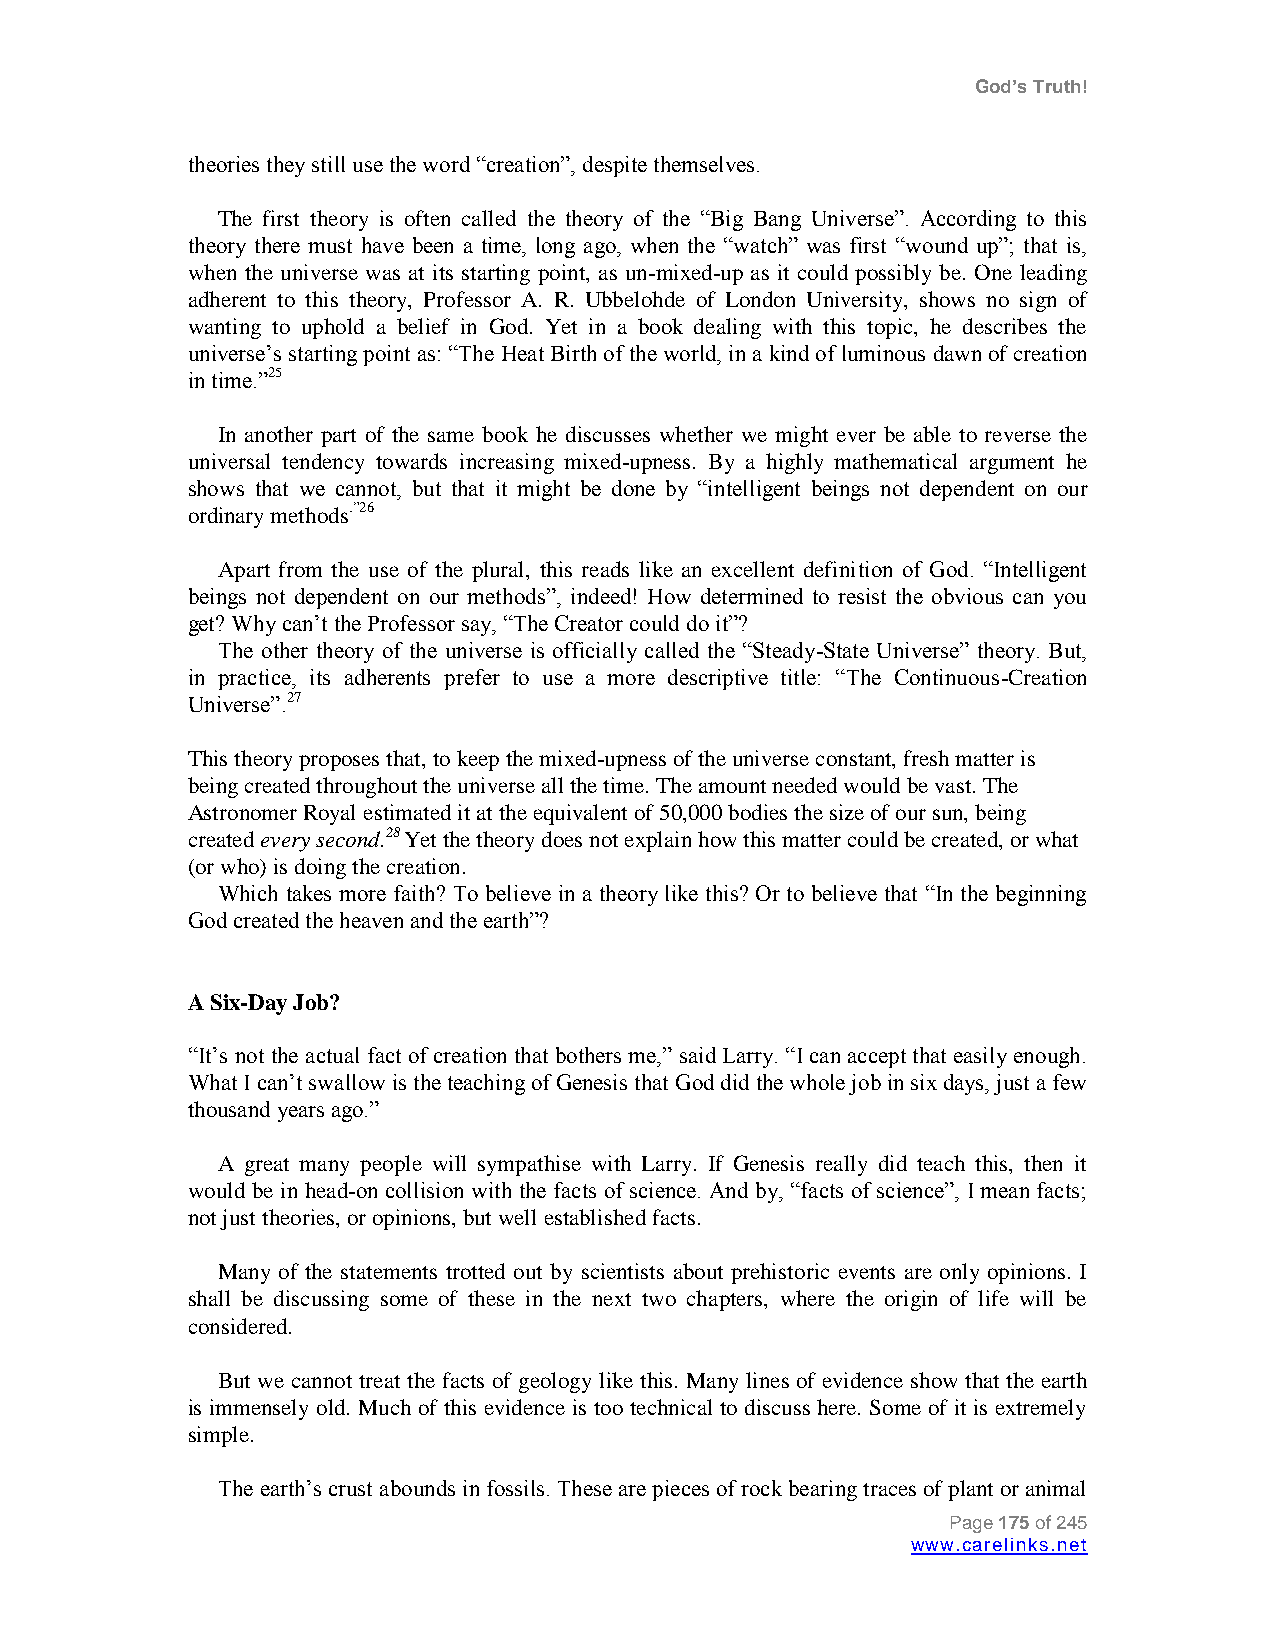
God’s Truth!
 theories they still use the word “creation”, despite themselves.
 The first theory is often called the theory of the “Big Bang Universe”. According to this
 theory there must have been a time, long ago, when the “watch” was first “wound up”; that is,
 when the universe was at its starting point, as un-mixed-up as it could possibly be. One leading
 adherent to this theory, Professor A. R. Ubbelohde of London University, shows no sign of
 wanting to uphold a belief in God. Yet in a book dealing with this topic, he describes the
 universe‟s starting point as: “The Heat Birth of the world, in a kind of luminous dawn of creation
 in time.”25
 In another part of the same book he discusses whether we might ever be able to reverse the
 universal tendency towards increasing mixed-upness. By a highly mathematical argument he
 shows that we cannot, but that it might be done by “intelligent beings not dependent on our
 ordinary methods.”26
 Apart from the use of the plural, this reads like an excellent definition of God. “Intelligent
 beings not dependent on our methods”, indeed! How determined to resist the obvious can you
 get? Why can‟t the Professor say, “The Creator could do it”?
 The other theory of the universe is officially called the “Steady-State Universe” theory. But,
 in practice, its adherents prefer to use a more descriptive title: “The Continuous-Creation
 Universe”.27
 This theory proposes that, to keep the mixed-upness of the universe constant, fresh matter is
 being created throughout the universe all the time. The amount needed would be vast. The
 Astronomer Royal estimated it at the equivalent of 50,000 bodies the size of our sun, being
 created every second.28 Yet the theory does not explain how this matter could be created, or what
 (or who) is doing the creation.
 Which takes more faith? To believe in a theory like this? Or to believe that “In the beginning
 God created the heaven and the earth”?
 A Six-Day Job?
 “It‟s not the actual fact of creation that bothers me,” said Larry. “I can accept that easily enough.
 What I can‟t swallow is the teaching of Genesis that God did the whole job in six days, just a few
 thousand years ago.”
 A great many people will sympathise with Larry. If Genesis really did teach this, then it
 would be in head-on collision with the facts of science. And by, “facts of science”, I mean facts;
 not just theories, or opinions, but well established facts.
 Many of the statements trotted out by scientists about prehistoric events are only opinions. I
 shall be discussing some of these in the next two chapters, where the origin of life will be
 considered.
 But we cannot treat the facts of geology like this. Many lines of evidence show that the earth
 is immensely old. Much of this evidence is too technical to discuss here. Some of it is extremely
 simple.
 The earth‟s crust abounds in fossils. These are pieces of rock bearing traces of plant or animal
 Page 175 of 245
 www.carelinks.net